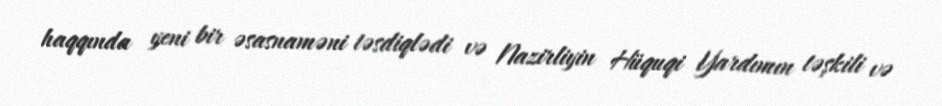
haqqında yeni bir əsasnaməni təsdiqlədi və Nazirliyin Hüquqi Yardımın təşkili və